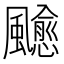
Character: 𩙍